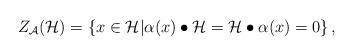
LaTeX: \begin{align*}Z_{\mathcal{A}}(\mathcal{H})=\left\{x\in\mathcal{H} | \alpha(x)\bullet \mathcal{H} = \mathcal{H}\bullet\alpha(x)=0\right\},\end{align*}